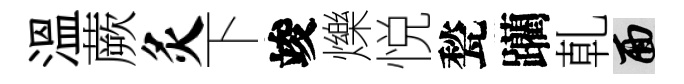
溫蕨灸下竣爍悦甃躪乹面